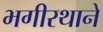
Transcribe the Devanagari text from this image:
भगीरथाने